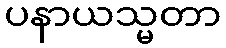
ပနာယသ္မတာ